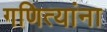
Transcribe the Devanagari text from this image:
गणित्यांना